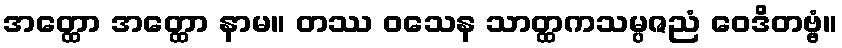
အတ္ထော အတ္ထော နာမ။ တဿ ဝသေန သာတ္ထကသမ္ပဇညံ ဝေဒိတဗ္ဗံ။